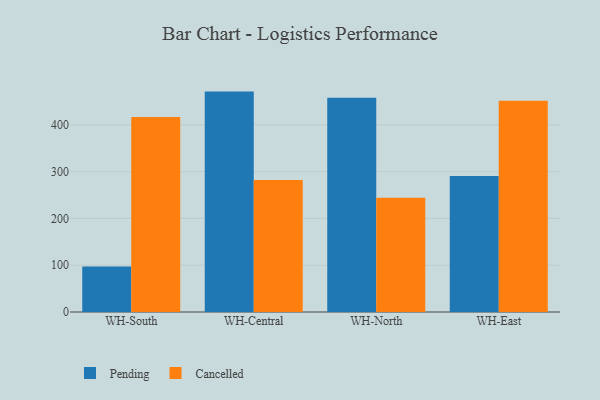
{"axis": {"x": "Warehouse", "y": "Customer Acquisition Cost (USD)"}, "legend": ["Cancelled", "Pending"], "data": [{"x": "WH-South", "y": 97.0, "type": "Pending"}, {"x": "WH-South", "y": 416.8, "type": "Cancelled"}, {"x": "WH-Central", "y": 471.1, "type": "Pending"}, {"x": "WH-Central", "y": 282.2, "type": "Cancelled"}, {"x": "WH-North", "y": 458.1, "type": "Pending"}, {"x": "WH-North", "y": 244.3, "type": "Cancelled"}, {"x": "WH-East", "y": 290.6, "type": "Pending"}, {"x": "WH-East", "y": 451.6, "type": "Cancelled"}]}